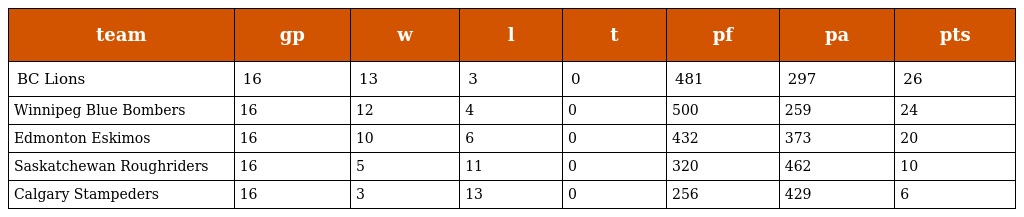
| team | gp | w | l | t | pf | pa | pts |
 | --- | --- | --- | --- | --- | --- | --- | --- |
 | BC Lions | 16 | 13 | 3 | 0 | 481 | 297 | 26 |
 | Winnipeg Blue Bombers | 16 | 12 | 4 | 0 | 500 | 259 | 24 |
 | Edmonton Eskimos | 16 | 10 | 6 | 0 | 432 | 373 | 20 |
 | Saskatchewan Roughriders | 16 | 5 | 11 | 0 | 320 | 462 | 10 |
 | Calgary Stampeders | 16 | 3 | 13 | 0 | 256 | 429 | 6 |